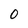
Character: 0